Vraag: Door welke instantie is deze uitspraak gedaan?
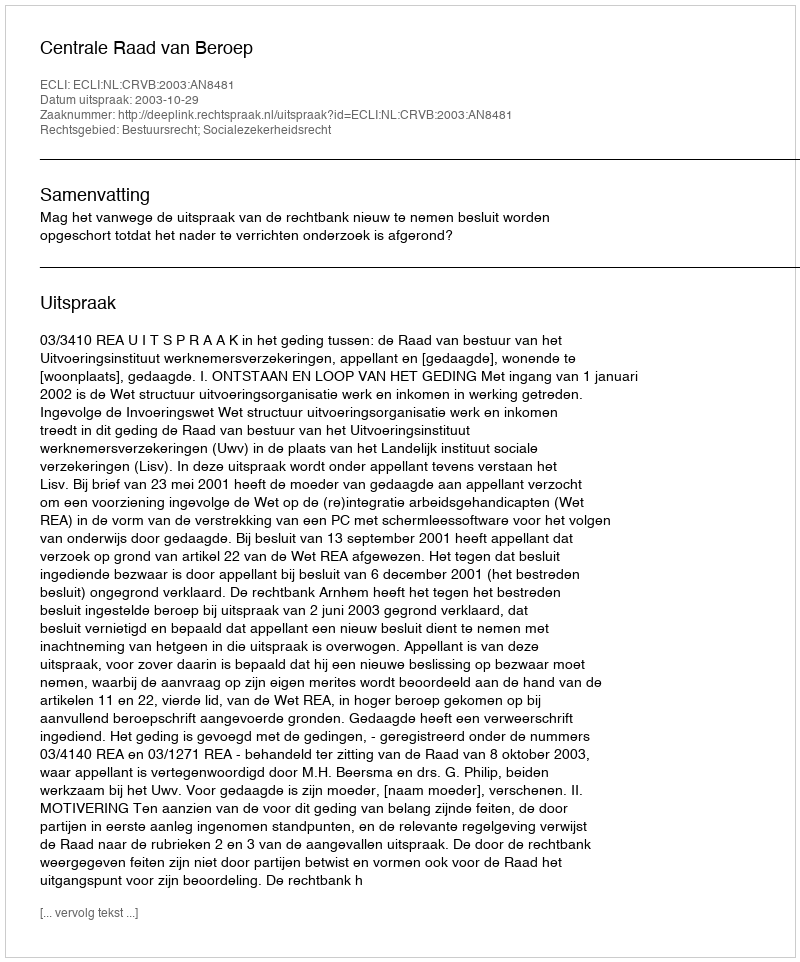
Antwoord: Centrale Raad van Beroep